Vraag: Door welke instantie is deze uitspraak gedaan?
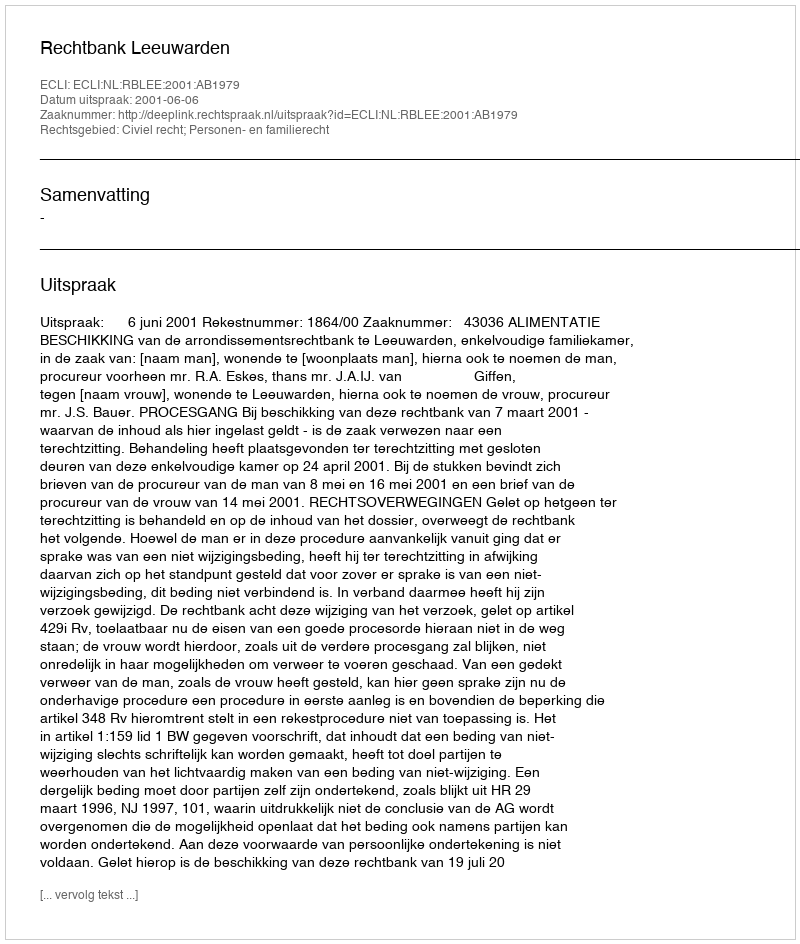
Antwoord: Rechtbank Leeuwarden